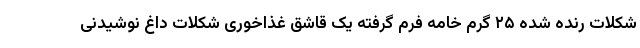
شکلات رنده شده ۲۵ گرم خامه فرم گرفته یک قاشق غذاخوری شکلات داغ نوشیدنی